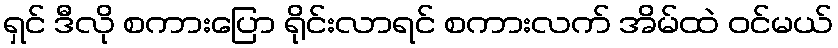
ရှင် ဒီလို စကားပြော ရိုင်းလာရင် စကားလက် အိမ်ထဲ ဝင်မယ်